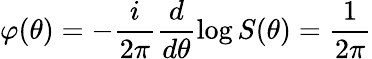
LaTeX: \varphi(\theta)=-\frac i{2\pi}\frac d{d\theta}\log S(\theta)=\frac 1{2\pi}